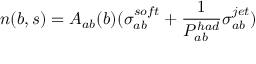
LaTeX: n ( b , s ) = A _ { a b } ( b ) ( \sigma _ { a b } ^ { s o f t } + { \frac { 1 } { P _ { a b } ^ { h a d } } } \sigma _ { a b } ^ { j e t } )